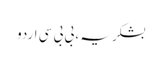
بشکریہ ، بی بی سی اردو